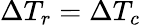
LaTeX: \Delta T_{r}=\Delta T_{c}